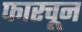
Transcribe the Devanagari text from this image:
फारचून